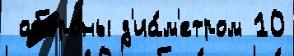
 оборо́ны д'иа́м'етром 10